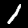
Digit: 1